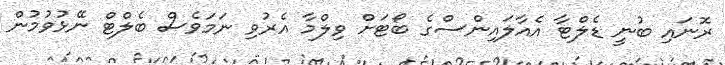
ރޮނައި ބުނީ ޑެލްޓާ އެއާލައިންސްގެ ބޯޓަށް ވިލްމާ އެރުވި ނަމަވެސް ބެލްޓް ނޭޅުވުމުން